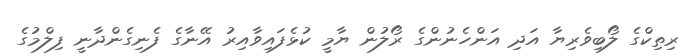
ރިތިކްގެ ލޯބިވެރިޔާ އަދި އަންހެނުންގެ ރޯލުން ޔާމީ ކުޅެފައިވާއިރު އޭނާގެ ފެނިގެންދާނީ ފިލްމުގެ